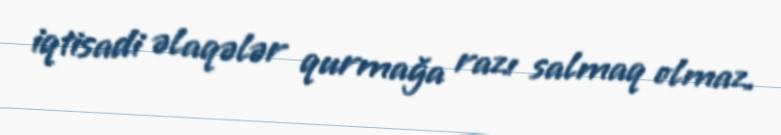
iqtisadi əlaqələr qurmağa razı salmaq olmaz.